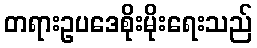
တရားဥပဒေစိုးမိုးရေးသည်